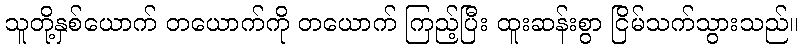
သူတို့နှစ်ယောက် တယောက်ကို တယောက် ကြည့်ပြီး ထူးဆန်းစွာ ငြိမ်သက်သွားသည်။